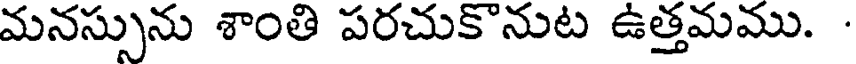
మనస్సును శాంతి పరచుకొనుట ఉత్తమము.